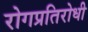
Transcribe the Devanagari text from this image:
रोगप्रतिरोधी